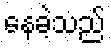
နေခဲ့သည်